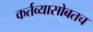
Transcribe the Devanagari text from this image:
कर्तव्यासोबतच